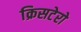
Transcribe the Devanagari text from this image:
क्रिसटेरो